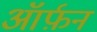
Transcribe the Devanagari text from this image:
ऑर्फ़न